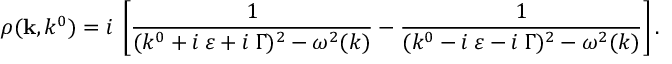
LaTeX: \rho ( { \bf k } , k ^ { 0 } ) = i \: \left[ \frac { 1 } { ( k ^ { 0 } + i \: \varepsilon + i \: \Gamma ) ^ { 2 } - \omega ^ { 2 } ( k ) } - \frac { 1 } { ( k ^ { 0 } - i \: \varepsilon - i \: \Gamma ) ^ { 2 } - \omega ^ { 2 } ( k ) } \right] .